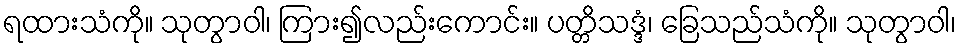
ရထားသံကို။ သုတွာဝါ၊ ကြား၍လည်းကောင်း။ ပတ္တိသဒ္ဒံ၊ ခြေသည်သံကို။ သုတွာဝါ၊